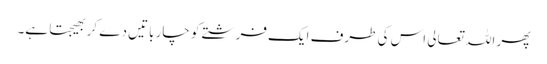
پھر اللہ تعالی اس کی طرف ایک فرشتے کو چار باتیں دے کر بھیجتا ہے۔